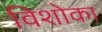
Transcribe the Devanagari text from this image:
विशोका